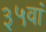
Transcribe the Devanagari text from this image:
३५वां